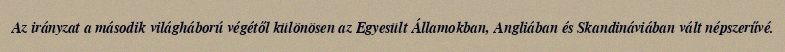
Az irányzat a második világháború végétől különösen az Egyesült Államokban, Angliában és Skandináviában vált népszerűvé.